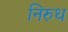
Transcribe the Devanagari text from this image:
निरुध